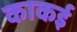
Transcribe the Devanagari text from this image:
काकई